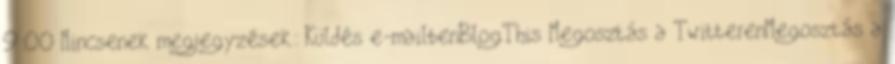
9:00 Nincsenek megjegyzések: Küldés e-mailbenBlogThis Megosztás a TwitterenMegosztás a